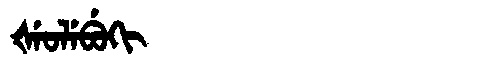
Manchu: ᡧᡝᠣᠯᡝᠪᡠᡴᡳ
Romanization: ŠEOLEBUKI